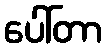
ပေါ်တာ